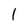
Character: 1